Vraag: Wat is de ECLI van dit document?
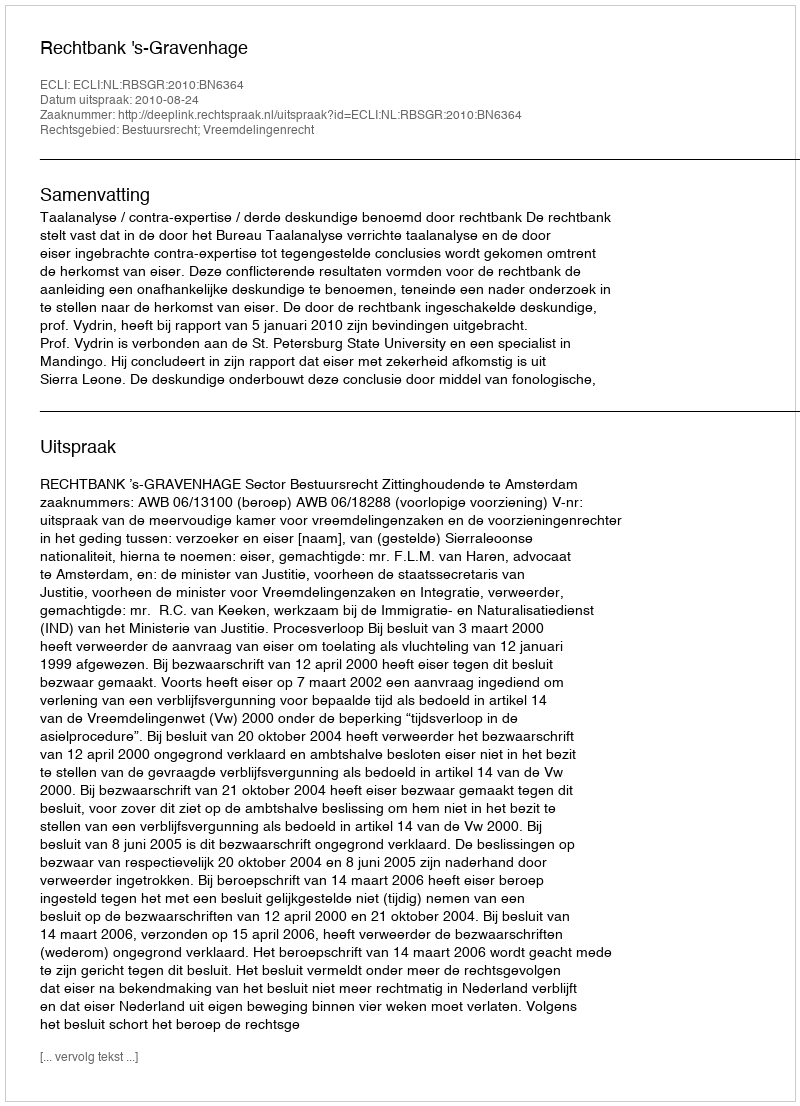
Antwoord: ECLI:NL:RBSGR:2010:BN6364